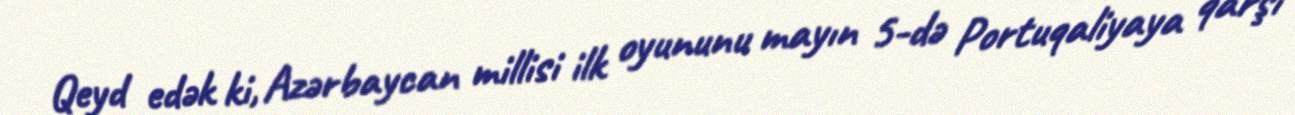
Qeyd edək ki, Azərbaycan millisi ilk oyununu mayın 5-də Portuqaliyaya qarşı